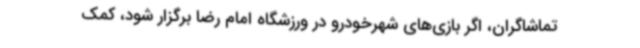
تماشاگران، اگر بازی‌های شهرخودرو در ورزشگاه امام رضا برگزار شود، کمک